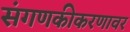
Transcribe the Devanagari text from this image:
संगणकीकरणावर